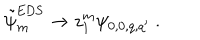
LaTeX: \tilde { \psi } _ { m } ^ { \mathrm { E D S } } \to z _ { 1 } ^ { m } \psi _ { 0 , 0 , q , q ^ { \prime } } \ .